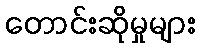
တောင်းဆိုမှုများ